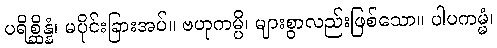
ပရိစ္ဆိန္နံ၊ မပိုင်းခြားအပ်။ ဗဟုကမ္ပိ၊ များစွာလည်းဖြစ်သော။ ပါပကမ္မံ၊